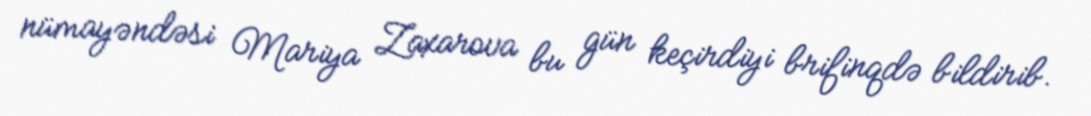
nümayəndəsi Mariya Zaxarova bu gün keçirdiyi brifinqdə bildirib.